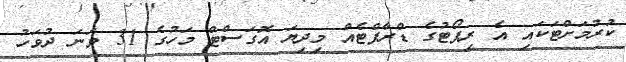
ކުރުމަށްޓަކައި އެ ރިޕޯޓުގެ ޑްރާފްޓެއް މިދިޔަ އޮގަސްޓް މަހުގެ 31 ވަނަ ދުވަހު